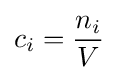
c_{i}={\frac {n_{i}}{V}}